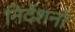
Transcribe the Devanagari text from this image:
निर्देशनों